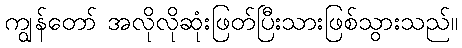
ကျွန်တော် အလိုလိုဆုံးဖြတ်ပြီးသားဖြစ်သွားသည်။